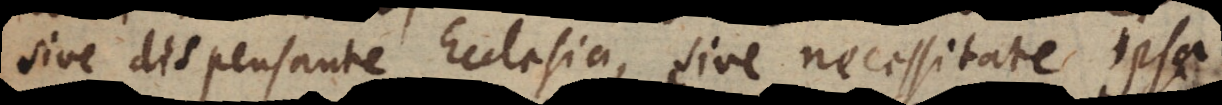
sive dispensante Ecclesia, sive necessitate ipsa.